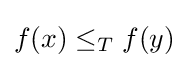
f(x)\leq _{T}f(y)